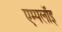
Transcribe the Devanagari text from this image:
एम्पलॉइ